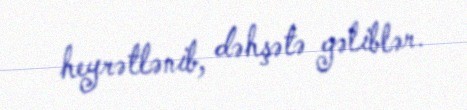
heyrətlənib, dəhşətə gəliblər.